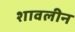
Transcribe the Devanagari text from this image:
शावलीन